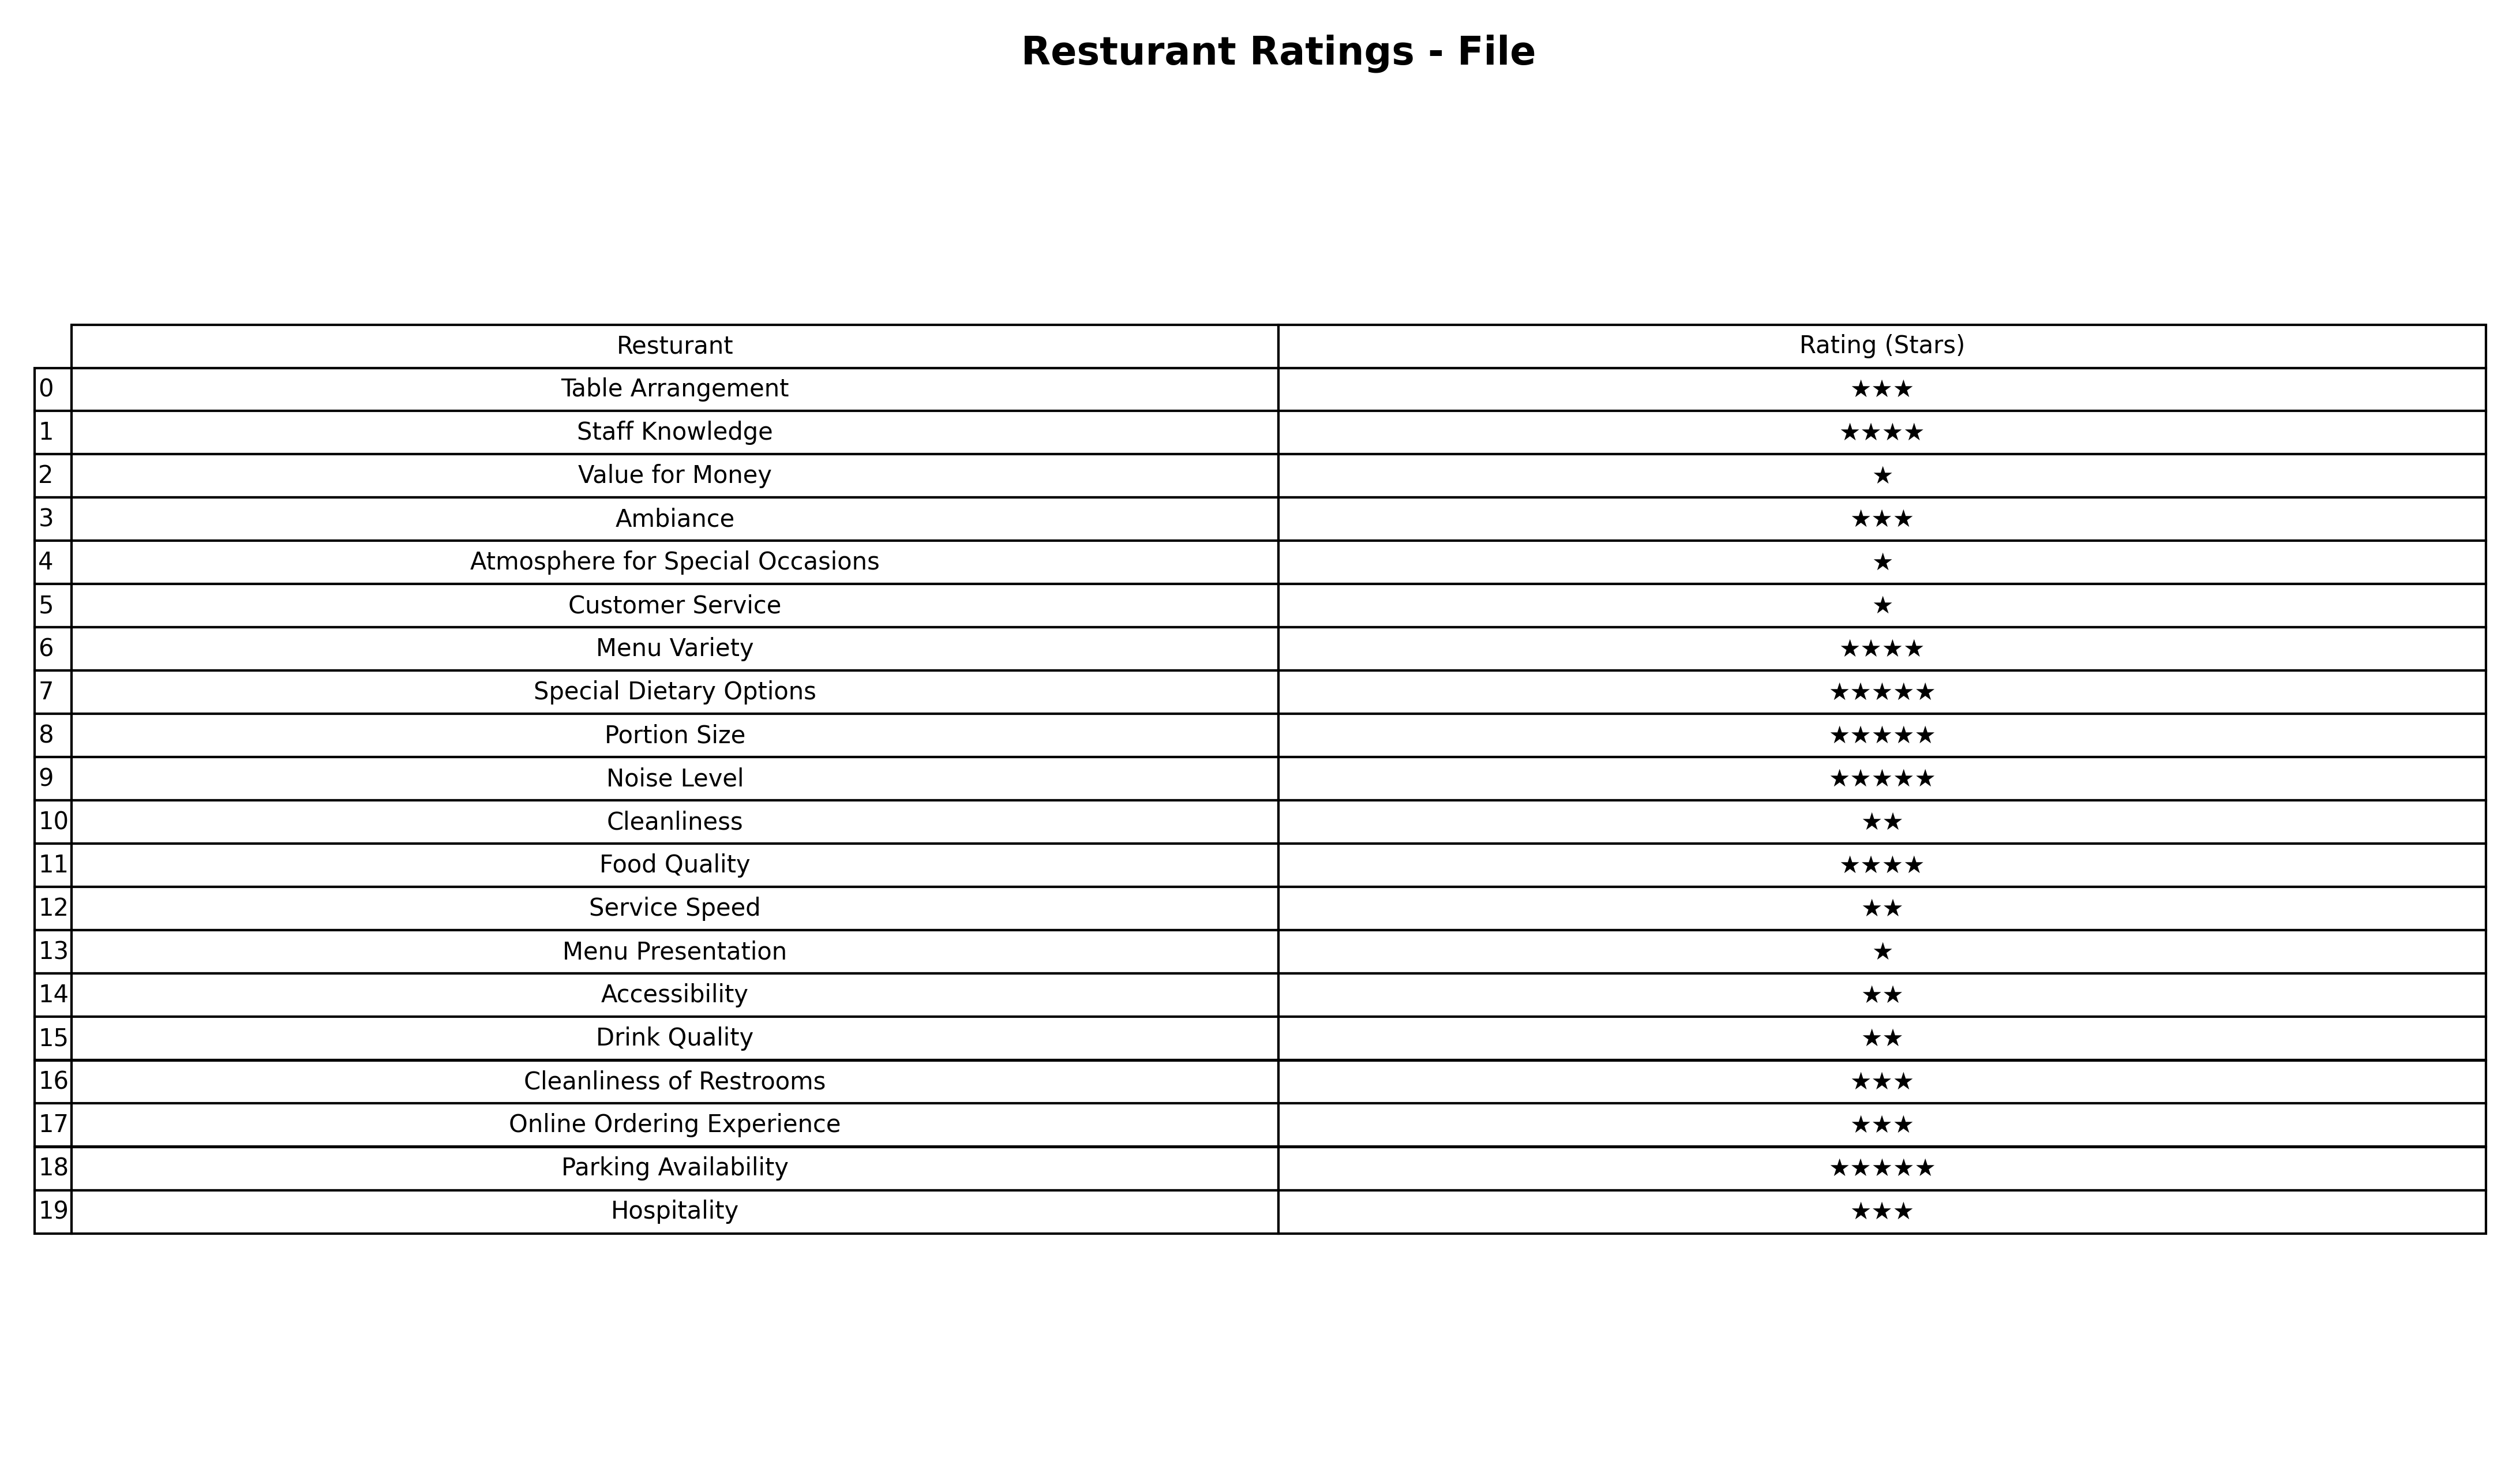
question: What is the rating of Parking Availability?
answer: ★★★★★